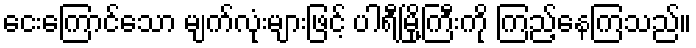
ငေးကြောင်သော မျက်လုံးများဖြင့် ပါရီမြို့ကြီးကို ကြည့်နေကြသည်။